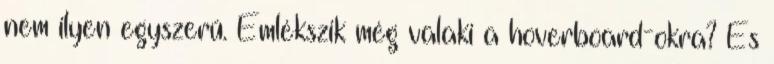
nem ilyen egyszerű. Emlékszik még valaki a hoverboard-okra? És